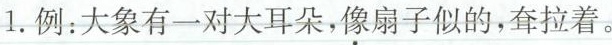
1.例：大象有一对大耳朵，\underset{·}{像}扇子似的，耷拉着。